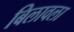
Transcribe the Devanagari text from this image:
बिलावला